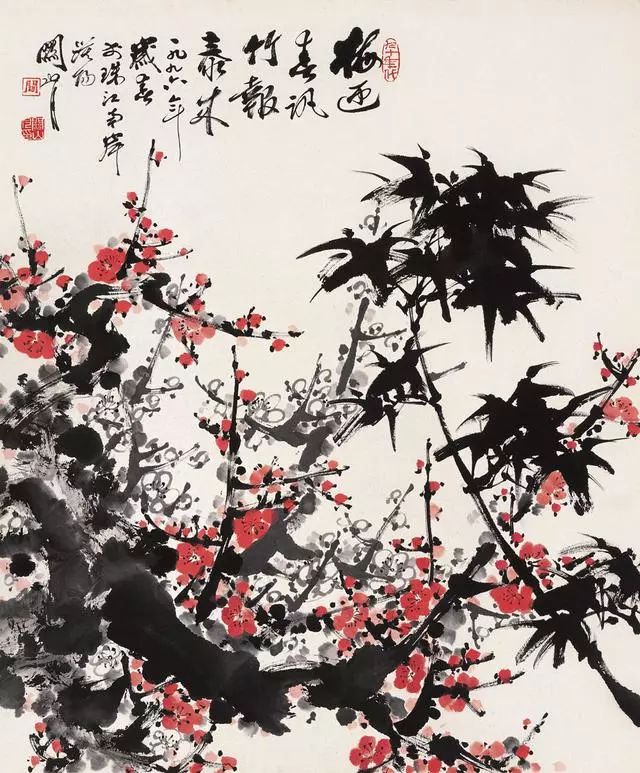
更无花态度，全有雪精神。